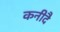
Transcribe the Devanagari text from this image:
कनीदै